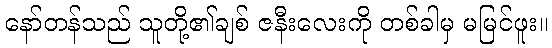
နော်တန်သည် သူတို့၏ချစ် ဇနီးလေးကို တစ်ခါမှ မမြင်ဖူး။